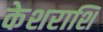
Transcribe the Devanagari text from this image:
केशराशि